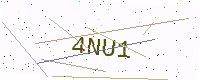
Text: 4NU1